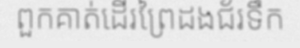
ពួកគាត់ដើរព្រៃដងជ័រទឹក